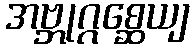
အဗ္ဘုဂ္ဂစ္ဆေယျ